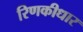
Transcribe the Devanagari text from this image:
रिणकीधार